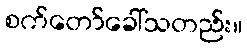
စက်တော်ခေါ်သတည်း။